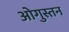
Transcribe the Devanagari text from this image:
ओगुस्तन